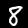
Digit: 8